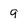
Character: 9